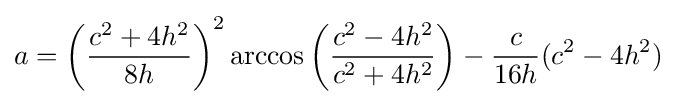
a=\left({\frac {c^{2}+4h^{2}}{8h}}\right)^{2}\arccos \left({\frac {c^{2}-4h^{2}}{c^{2}+4h^{2}}}\right)-{\frac {c}{16h}}(c^{2}-4h^{2})